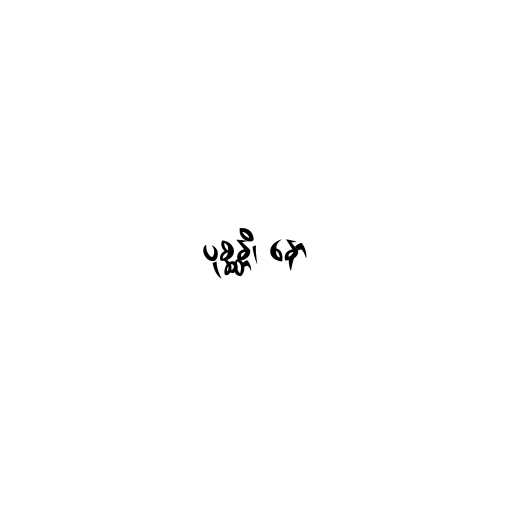
ပုစ္ဆန္တိ၊ နော